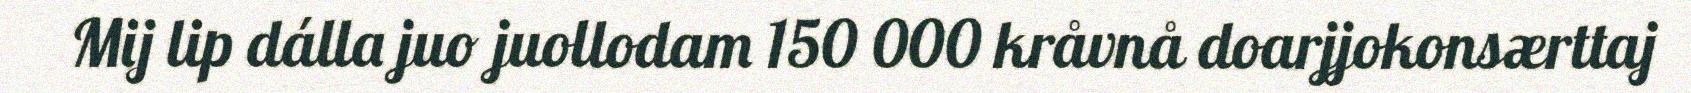
Mij lip dálla juo juollodam 150 000 kråvnå doarjjokonsærttaj